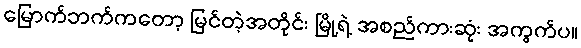
မြောက်ဘက်ကတော့ မြင်တဲ့အတိုင်း မြို့ရဲ့ အစည်ကားဆုံး အကွက်ပ။